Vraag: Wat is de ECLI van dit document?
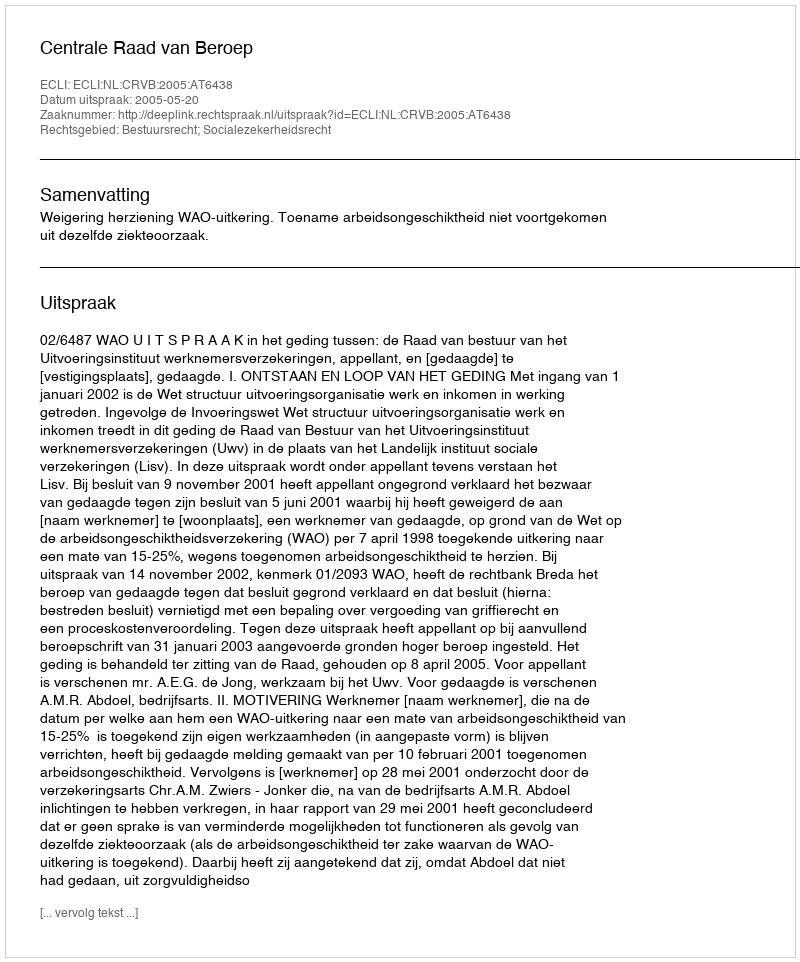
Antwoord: ECLI:NL:CRVB:2005:AT6438